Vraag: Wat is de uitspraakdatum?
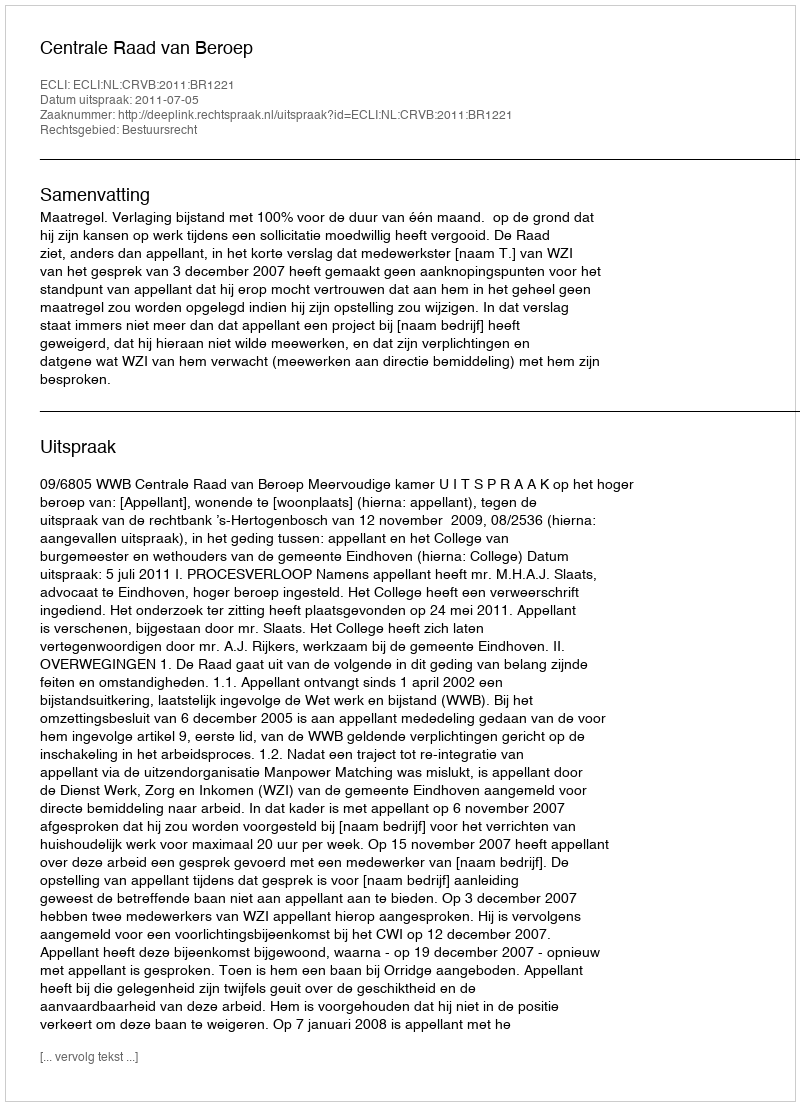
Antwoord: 2011-07-05